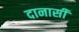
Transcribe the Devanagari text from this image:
दानासी